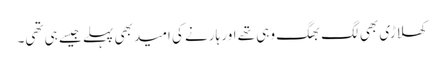
کھلاڑی بھی لگ بھگ وہی تھے اور ہارنے کی امید بھی پہلے جیسے ہی تھی۔